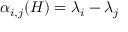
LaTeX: \alpha _ { i , j } ( H ) = \lambda _ { i } - \lambda _ { j }